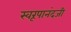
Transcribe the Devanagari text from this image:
स्वरूपानंदजी